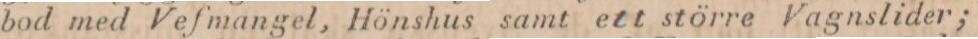
bod med Vefmangel, Hönshus samt ett större Vagnslider;